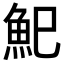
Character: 𩵗